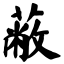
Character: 蔽